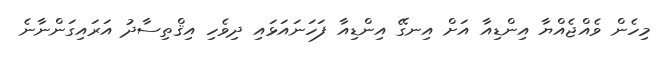
މިހެން ވެއްޖެއްޔާ އިންޑިއާ އަށް އިނގޭ އިންޑިއާ ފަހަނައަޅައި ދިވެހި އިޤްތިސާދު އަރައިގަންނާނެ